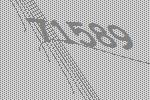
71589